Indian journal of veterinary science and animal husbandry - Volume 11,
Year: 1941
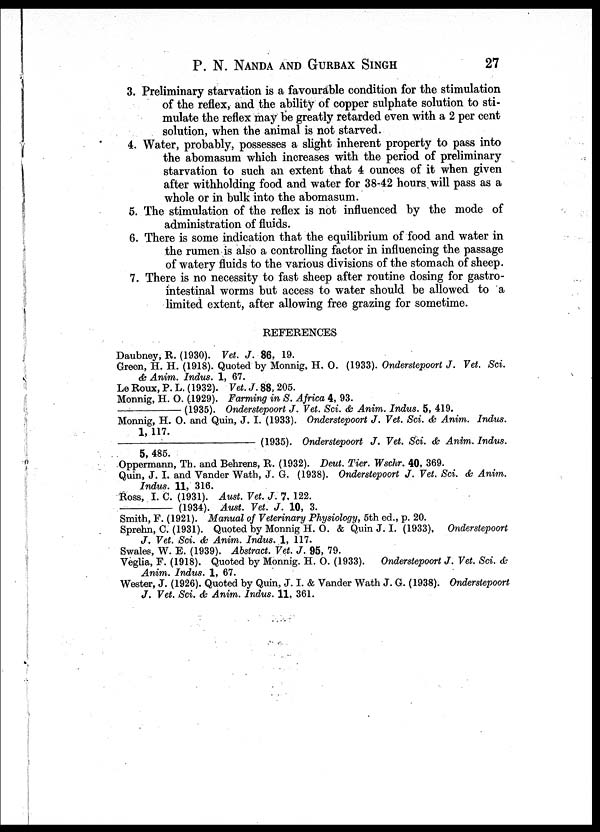
P. N. NANDA AND GURBAX SINGH 27
3. Preliminary starvation is a favourable condition for the stimulation
of the reflex, and the ability of copper sulphate solution to sti-
mulate the reflex may be greatly retarded even with a 2 per cent
solution, when the animal is not starved.
4. Water, probably, possesses a slight inherent property to pass into
the abomasum which increases with the period of preliminary
starvation to such an extent that 4 ounces of it when given
after withholding food and water for 38-42 hours will pass as a
whole or in bulk into the abomasum.
5. The stimulation of the reflex is not influenced by the mode of
administration of fluids.
6. There is some indication that the equilibrium of food and water in
the rumen is also a controlling factor in influencing the passage
of watery fluids to the various divisions of the stomach of sheep.
7. There is no necessity to fast sheep after routine dosing for gastro-
intestinal worms but access to water should be allowed to a
limited extent, after allowing free grazing for sometime.
REFERENCES
Daubney, R. (1930). Vet. J. 86, 19.
Green, H. H. (1918). Quoted by Monnig, H. O. (1933). Onderstepoort J. Vet. Sci.
& Anim. Indus. 1, 67.
Le Roux, P. L. (1932). Vet. J. 88, 205.
Monnig, H. O. (.1929). Farming in S. Africa 4, 93.
—
(1935). Onderstepoort J. Vet. Sci. & Anim. Indus. 5, 419.
Monnig, H. O. and Quin, J. I. (1933). Onderstepoort J. Vet. Sci. & Anim. Indus.
1, 117.
—
(1935). Onderstepoort J. Vet. Sci. & Anim. Indus.
5, 485.
Oppermann, Th. and Behrens, R. (1932). Deut. Tier. Wschr. 40, 369.
Quin, J. I. and Vander Wath, J. G. (1938). Onderstepoort J. Vet. Sci. & Anim.
Indus. 11, 316.
Ross, I. C. (1931). Aust. Vet. J. 7. 122.
—
(1934). Aust. Vet. J. 10, 3.
Smith, F. (1921). Manual of Veterinary Physiology, 5th ed., p. 20.
Sprehn, C. (1931). Quoted by Monnig H. O. & Quin J. I. (1933), Onderstepoort
J. Vet. Sci. & Anim. Indus. 1, 117.
Swales, W. E. (1939). Abstract. Vet. J. 95, 79.
Veglia, F. (1918). Quoted by Monnig. H. O. (1933). Onderstepoort J. Vet. Sci. &
Anim. Indus. 1, 67.
Wester, J. (1926). Quoted by Quin, J. I. & Vander Wath J. G. (1938). Onderstepoort
J. Vet. Sci. & Anim. Indus. 11, 361.